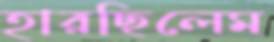
হারছিলেম